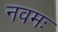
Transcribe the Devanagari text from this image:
नवमः